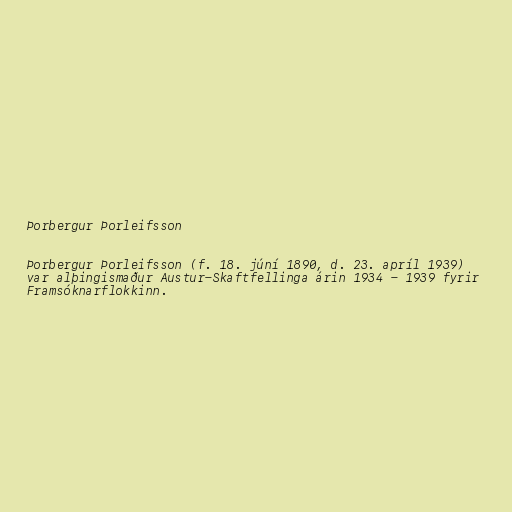
Þorbergur Þorleifsson

Þorbergur Þorleifsson (f. 18. júní 1890, d. 23. apríl 1939)
var alþingismaður Austur-Skaftfellinga árin 1934 - 1939 fyrir
Framsóknarflokkinn.